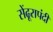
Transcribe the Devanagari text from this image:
सेंढूरापंदी